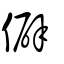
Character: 僻